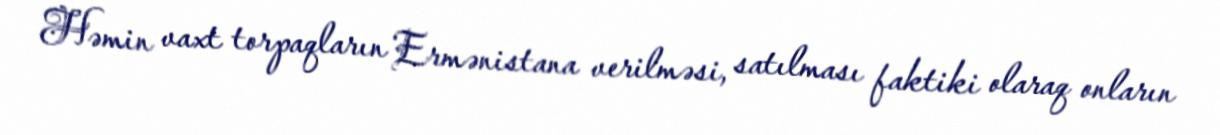
Həmin vaxt torpaqların Ermənistana verilməsi, satılması faktiki olaraq onların